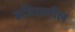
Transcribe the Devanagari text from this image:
इजिप्तातील